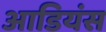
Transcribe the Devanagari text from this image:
आडियंस